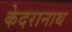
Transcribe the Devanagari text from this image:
केदरानाथ